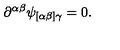
\partial ^ { \alpha \beta } \psi _ { [ \alpha \beta ] \gamma } = 0 .